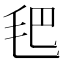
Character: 𣬶